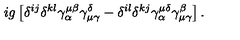
i g \left[ \delta ^ { i j } \delta ^ { k l } \gamma _ { \alpha } ^ { \mu \beta } \gamma _ { \mu \gamma } ^ { \delta } - \delta ^ { i l } \delta ^ { k j } \gamma _ { \alpha } ^ { \mu \delta } \gamma _ { \mu \gamma } ^ { \beta } \right] .